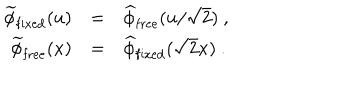
LaTeX: \begin{array} { r c l } { { \widetilde \phi _ { \mathrm { f i x e d } } ( u ) } } & { { = } } & { { \widehat \phi _ { \mathrm { f r e e } } ( u / \sqrt { 2 } ) \ , } } \\ { { \widetilde \phi _ { \mathrm { f r e e } } ( x ) } } & { { = } } & { { \widehat \phi _ { \mathrm { f i x e d } } ( \sqrt { 2 } x ) \ . } } \\ \end{array}